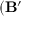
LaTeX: ( \mathbf { B ^ { \prime } }